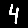
Digit: 4